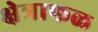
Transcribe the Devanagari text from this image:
क्षेत्राफळ